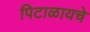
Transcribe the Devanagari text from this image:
पिटाळायचे